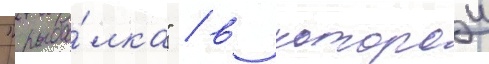
"рыба́лка" / в которои